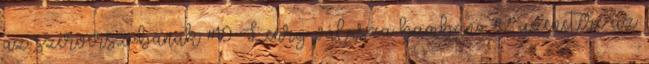
az szerverszobának #10 Lenry válasza bambano #2 üzenetére az